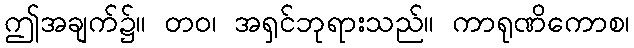
ဤအချက်၌။ တဝ၊ အရှင်ဘုရားသည်။ ကာရုဏိကောစ၊